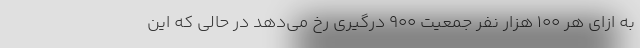
به ازای هر ۱۰۰ هزار نفر جمعیت ۹۰۰ درگیری رخ می‌دهد در حالی که این